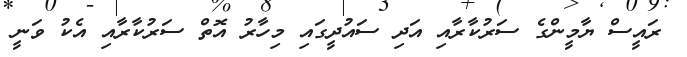
ރައީސް ޔާމީންގެ ސަރުކާރާއި އަދި ސައުދީގައި މިހާރު އޮތް ސަރުކާރާއި އެކު ވަނީ